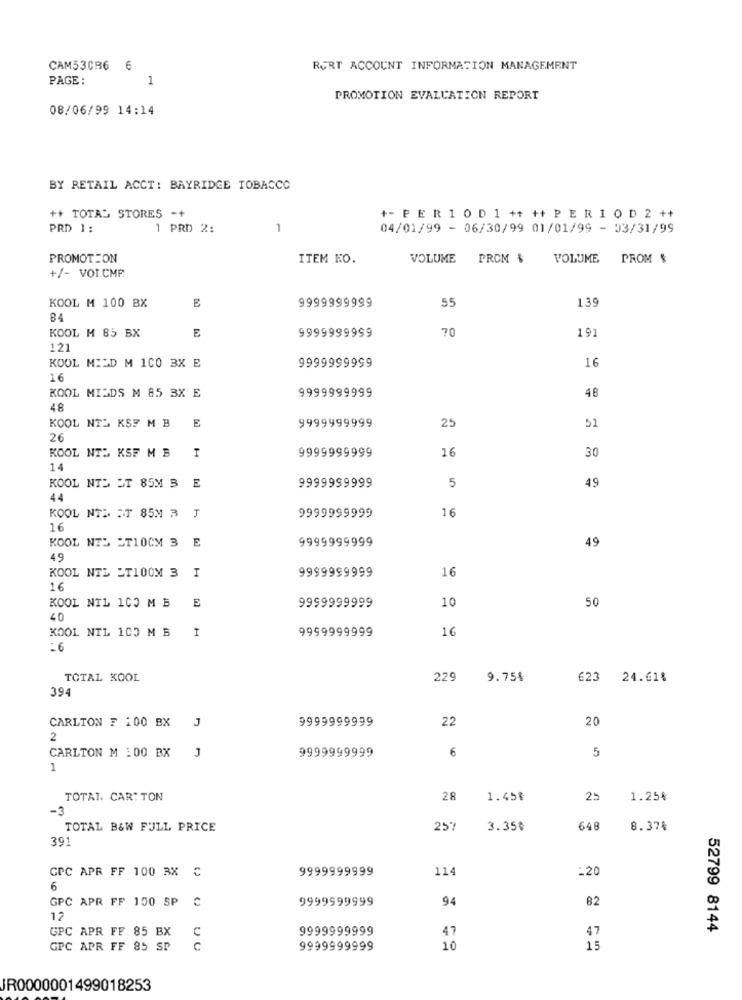
CAM53CR6
RERT ACCOUNT INFORMATION MANAGEMENT
PAGE :
1
PROMOTION EVALUATION REPORT
08/06/99 14:14
BY RETAIL ACCT: BAYRIDGE TOBACCO
++ TOTAL STORES -+
+- P E R 1 0 D 1 ++ ++ P E R I O D 2 ++
PRD 1:
1 PRD 2:
1
04/01/99 - 06/30/99 01/01/99 - 03/31/99
PROMOTION
ITEM KO.
VOLUME
PROM &
VOLUME PROM &
+/- VOI.CMP
E
139
KOOL M 100 BX
9999999999
55
84
KOOL M 85 BX
E
70
191
9999999999
121
KOOL MILD M 1CO 3X E
9999999999
16
16
KOOL MILDS M 85 3X E
9999999999
48
48
9999999999
KOOL NT KSF MB E
25
51
26
9999999999
16
KOOL NTM KSF MB I
30
14
KOOL NTL JT 85M 3 E
9999999999
5
49
44
16
KOOL NTL FT 85M 3
9999999999
16
KOOL NT5 ST10CM 3 E
9999999999
49
49
9999999999
16
KOOL NTL JT100M 3 I
16
KOOL NTL 1CO M B
E
9999999999
10
50
40
KOOL NIL 100 M B I
16
9999999999
:6
TOTAL KOOL
229
9.75%
623
24.61%
394
J
9999999999
22
20
CARLTON F 100 BX
2
CARLTON M :00 BX
n
6
9999999999
5
1
TOTAL. CAR: TON
28
1.45%
25
1.25%
-3
TOTAL B&W FULL PRICE
25
3.35€
648
8.37%
301
GPC APR FF 100 3X C
9999999999
114
-20
6
9999999999
94
82
GPC APR FF 100 SP
12
GPC APR FF 85 BX
c
9999999999
47
47
52799 8144
GPC APR FF 85 SP
c
9999999999
10
15
JR0000001499018253